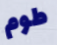
طوم